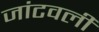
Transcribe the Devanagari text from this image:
जांटवली